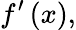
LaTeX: f^{\prime}\left(x\right),